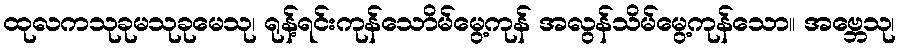
ထုလကသုခုမသုခုမေသု၊ ရုန့်ရင်းကုန်သောိမ်မွေ့ကုန် အလွန်သိမ်မွေ့ကုန်သော။ အဗ္ဘေသု၊